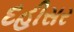
દહીસર